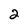
Character: 2